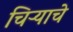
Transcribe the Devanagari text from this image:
चिऱ्याचे